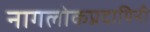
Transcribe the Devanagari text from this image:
नागलोकप्रदायिनी